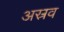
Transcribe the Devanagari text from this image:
अस्रव